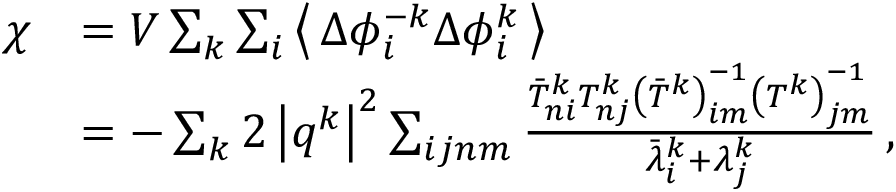
\begin{array} { r l } { \chi } & { = V \sum _ { k } \sum _ { i } \left\langle \, \Delta \phi _ { i } ^ { - k } \Delta \phi _ { i } ^ { k } \, \right\rangle } \\ & { = - \sum _ { k } 2 \left\vert \boldsymbol { q } ^ { k } \right\vert ^ { 2 } \sum _ { i j n m } \frac { \bar { T } _ { n i } ^ { k } T _ { n j } ^ { k } \left( \bar { T } ^ { k } \right) _ { i m } ^ { - 1 } \left( T ^ { k } \right) _ { j m } ^ { - 1 } } { \bar { \lambda } _ { i } ^ { k } + \lambda _ { j } ^ { k } } \, , } \end{array}